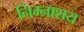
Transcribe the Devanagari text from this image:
निम्नाशय